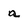
Character: a